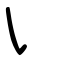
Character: ㇂